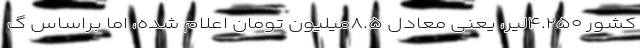
کشور ۴.۲۵۰لیر، یعنی معادل ۸.۵میلیون تومان اعلام شده، اما براساس گ